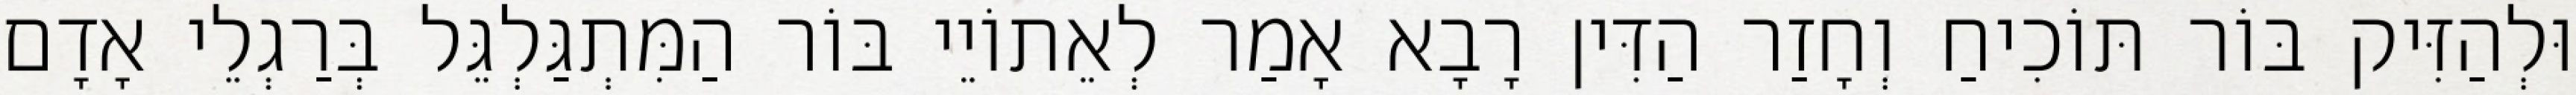
וּלְהַזִּיק בּוֹר תּוֹכִיחַ וְחָזַר הַדִּין רָבָא אָמַר לְאֵתוֹיֵי בּוֹר הַמִּתְגַּלְגֵּל בְּרַגְלֵי אָדָם